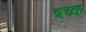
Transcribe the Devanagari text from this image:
त्रच्क